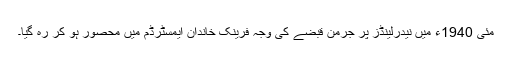
مئی 1940ء میں نیدرلینڈز پر جرمن قبضے کی وجہ فرینک خاندان ایمسٹرڈم میں محصور ہو کر رہ گیا۔